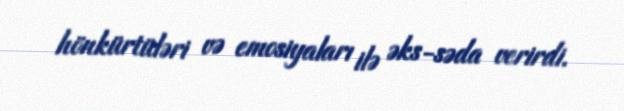
hönkürtüləri və emosiyaları ilə əks-səda verirdi.